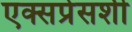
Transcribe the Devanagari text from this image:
एक्सप्रेसशी